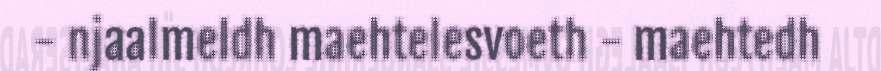
- njaalmeldh maehtelesvoeth - maehtedh